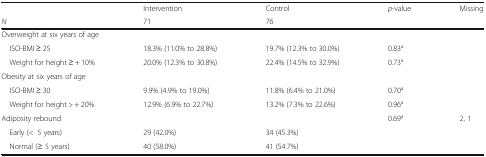
<table><thead><tr><td></td><td><b>Intervention</b></td><td><b>Control</b></td><td><b><i>p</i>-value</b></td><td><b>Missing</b></td></tr><tr><td><b><i>N</i></b></td><td><b>71</b></td><td><b>76</b></td><td></td><td></td></tr></thead><tbody><tr><td colspan="5">Overweight at six years of age</td></tr><tr><td> ISO-BMI ≥ 25</td><td>18.3% (11.0% to 28.8%)</td><td>19.7% (12.3% to 30.0%)</td><td>0.83<sup>a</sup></td><td></td></tr><tr><td> Weight for height ≥ + 10%</td><td>20.0% (12.3% to 30.8%)</td><td>22.4% (14.5% to 32.9%)</td><td>0.73<sup>a</sup></td><td></td></tr><tr><td colspan="5">Obesity at six years of age</td></tr><tr><td> ISO-BMI ≥ 30</td><td>9.9% (4.9% to 19.0%)</td><td>11.8% (6.4% to 21.0%)</td><td>0.70<sup>a</sup></td><td></td></tr><tr><td> Weight for height &gt; + 20%</td><td>12.9% (6.9% to 22.7%)</td><td>13.2% (7.3% to 22.6%)</td><td>0.96<sup>a</sup></td><td></td></tr><tr><td>Adiposity rebound</td><td></td><td></td><td>0.69<sup>a</sup></td><td>2, 1</td></tr><tr><td> Early (&lt;5 years)</td><td>29 (42.0%)</td><td>34 (45.3%)</td><td></td><td></td></tr><tr><td> Normal (≥ 5 years)</td><td>40 (58.0%)</td><td>41 (54.7%)</td><td></td><td></td></tr></tbody></table>